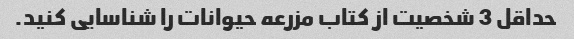
حداقل 3 شخصیت از کتاب مزرعه حیوانات را شناسایی کنید.